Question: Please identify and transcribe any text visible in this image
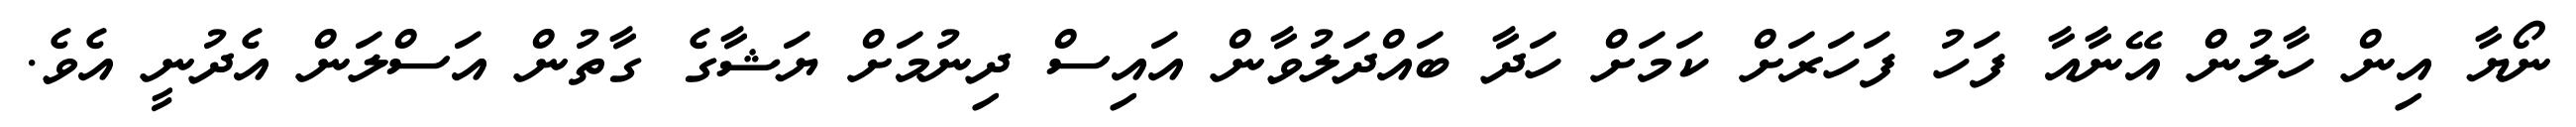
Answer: ނޯޔާ އިން ހާލުން އޭނާއާ ފަހު ފަހަރަށް ކަމަށް ހަދާ ބައްދަލުވާން އައިސް ދިނުމަށް ޔަޝާގެ ގާތުން އަސްލަން އެދުނީ އެވެ.